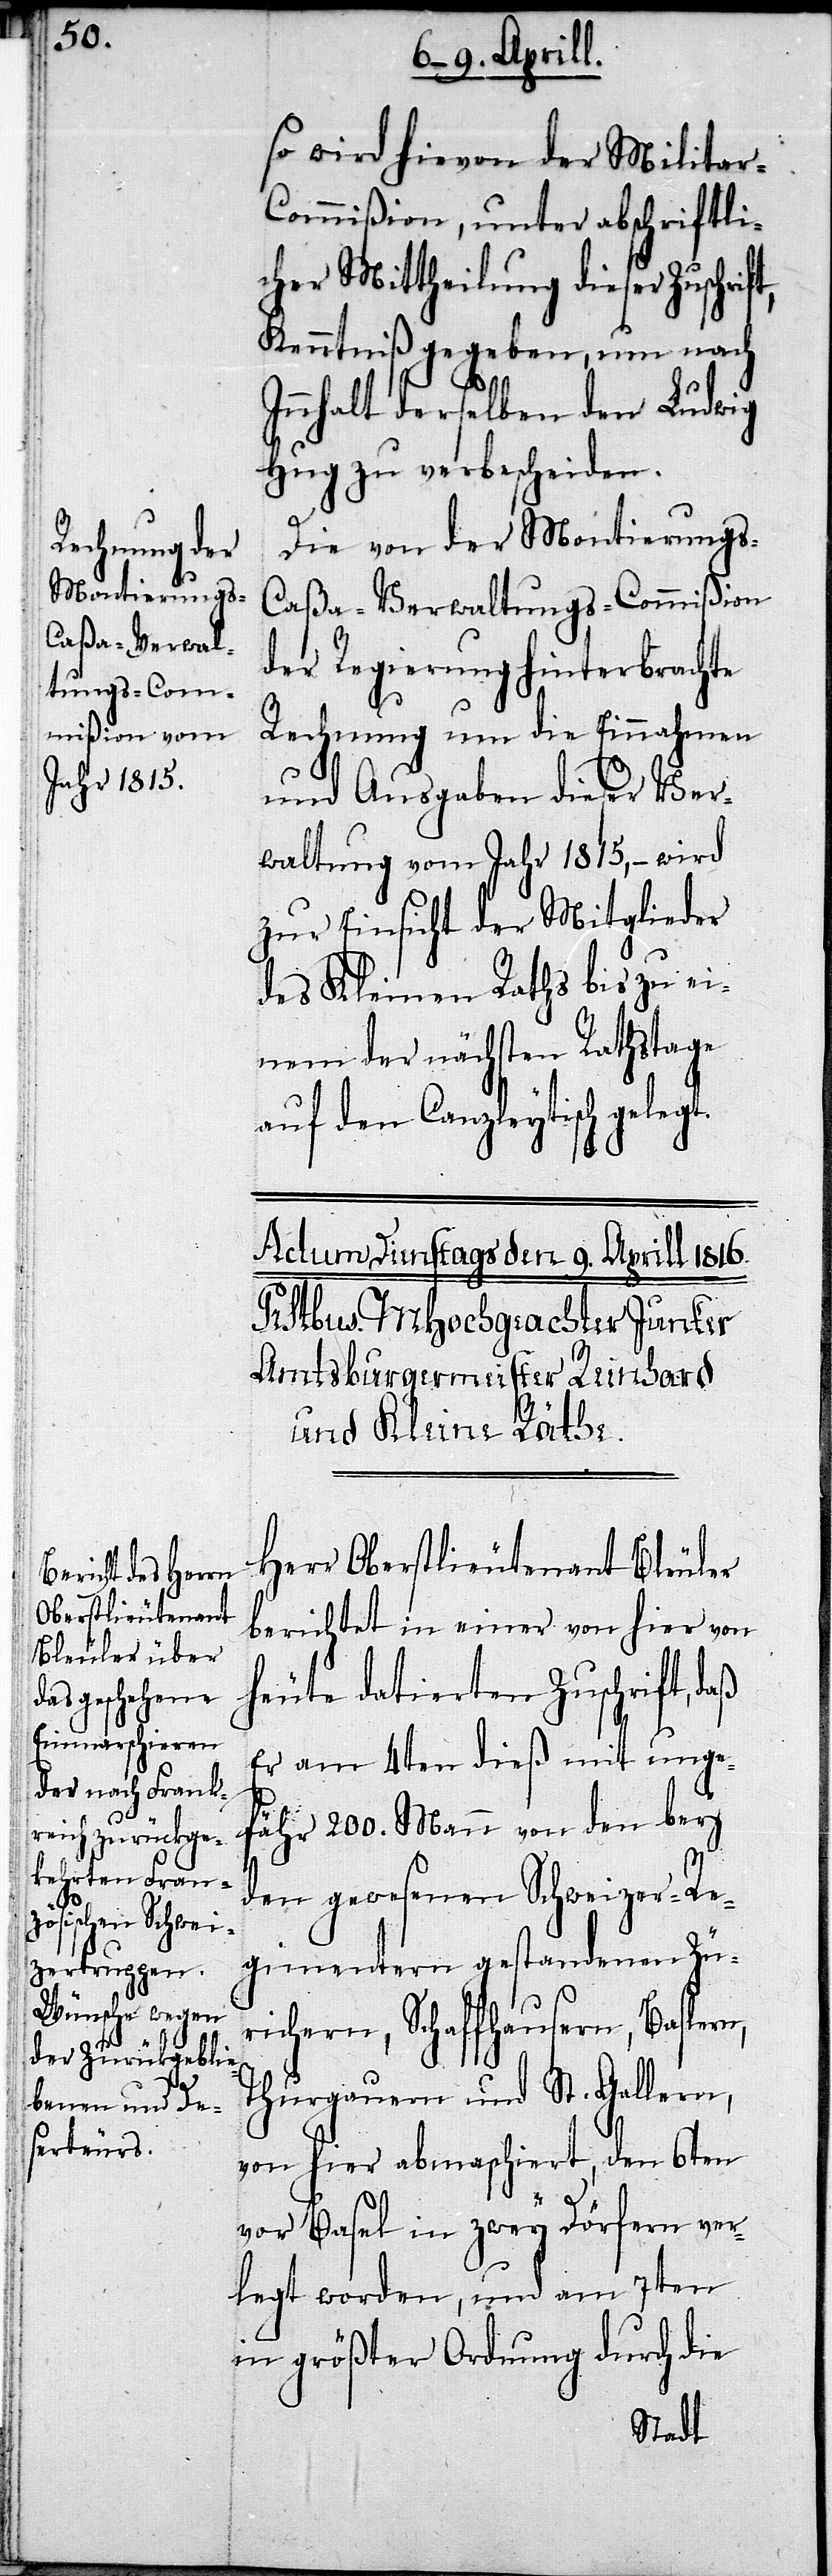
t.

so wird hievon der Milita¬
r-Commißion, unter abschriftli¬
cher Mittheilung dieser Zuschrif¬
Kenntniß gegeben, um nach
Innhalt derselben den Ludwig
Hug zu verbescheiden.
Die von der Montierungs-C¬
aßa-Verwaltungs-Commißion
der Regierung hinterbrachte
Rechnung um die Einnahmen
und Ausgaben dieser Ver¬
waltung vom Jahr 1815,– wird
zur Einsicht der Mitglieder
des Kleinen Raths bis zu ei¬
nem der nächsten Rathstage
auf den Canzleytisch geleg¬
Herr Oberstlieutenant Bleuler
berichtet in einer von hier von
heute datierten Zuschrift, daß
Er am 4ten dieß mit unge¬
fähr 200. Mann von den bey
den gewesenen Schweizer-Re¬
gimentern gestandenen Zü¬
richern, Schaffhausern, Baslern,
Thurgauern und St. Gallern,
von hier abmarschiert, den 6ten
vor Basel in zwey Dörfern ver¬
legt worden, und am 7ten
in größter Ordnung durch die